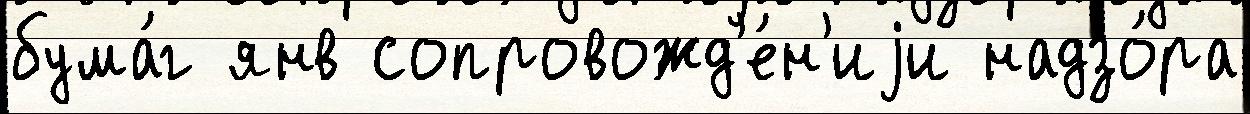
бума́г янв сопровожд'е́н'иjи надзо́ра